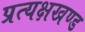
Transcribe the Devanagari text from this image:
प्रत्यक्षखण्ड